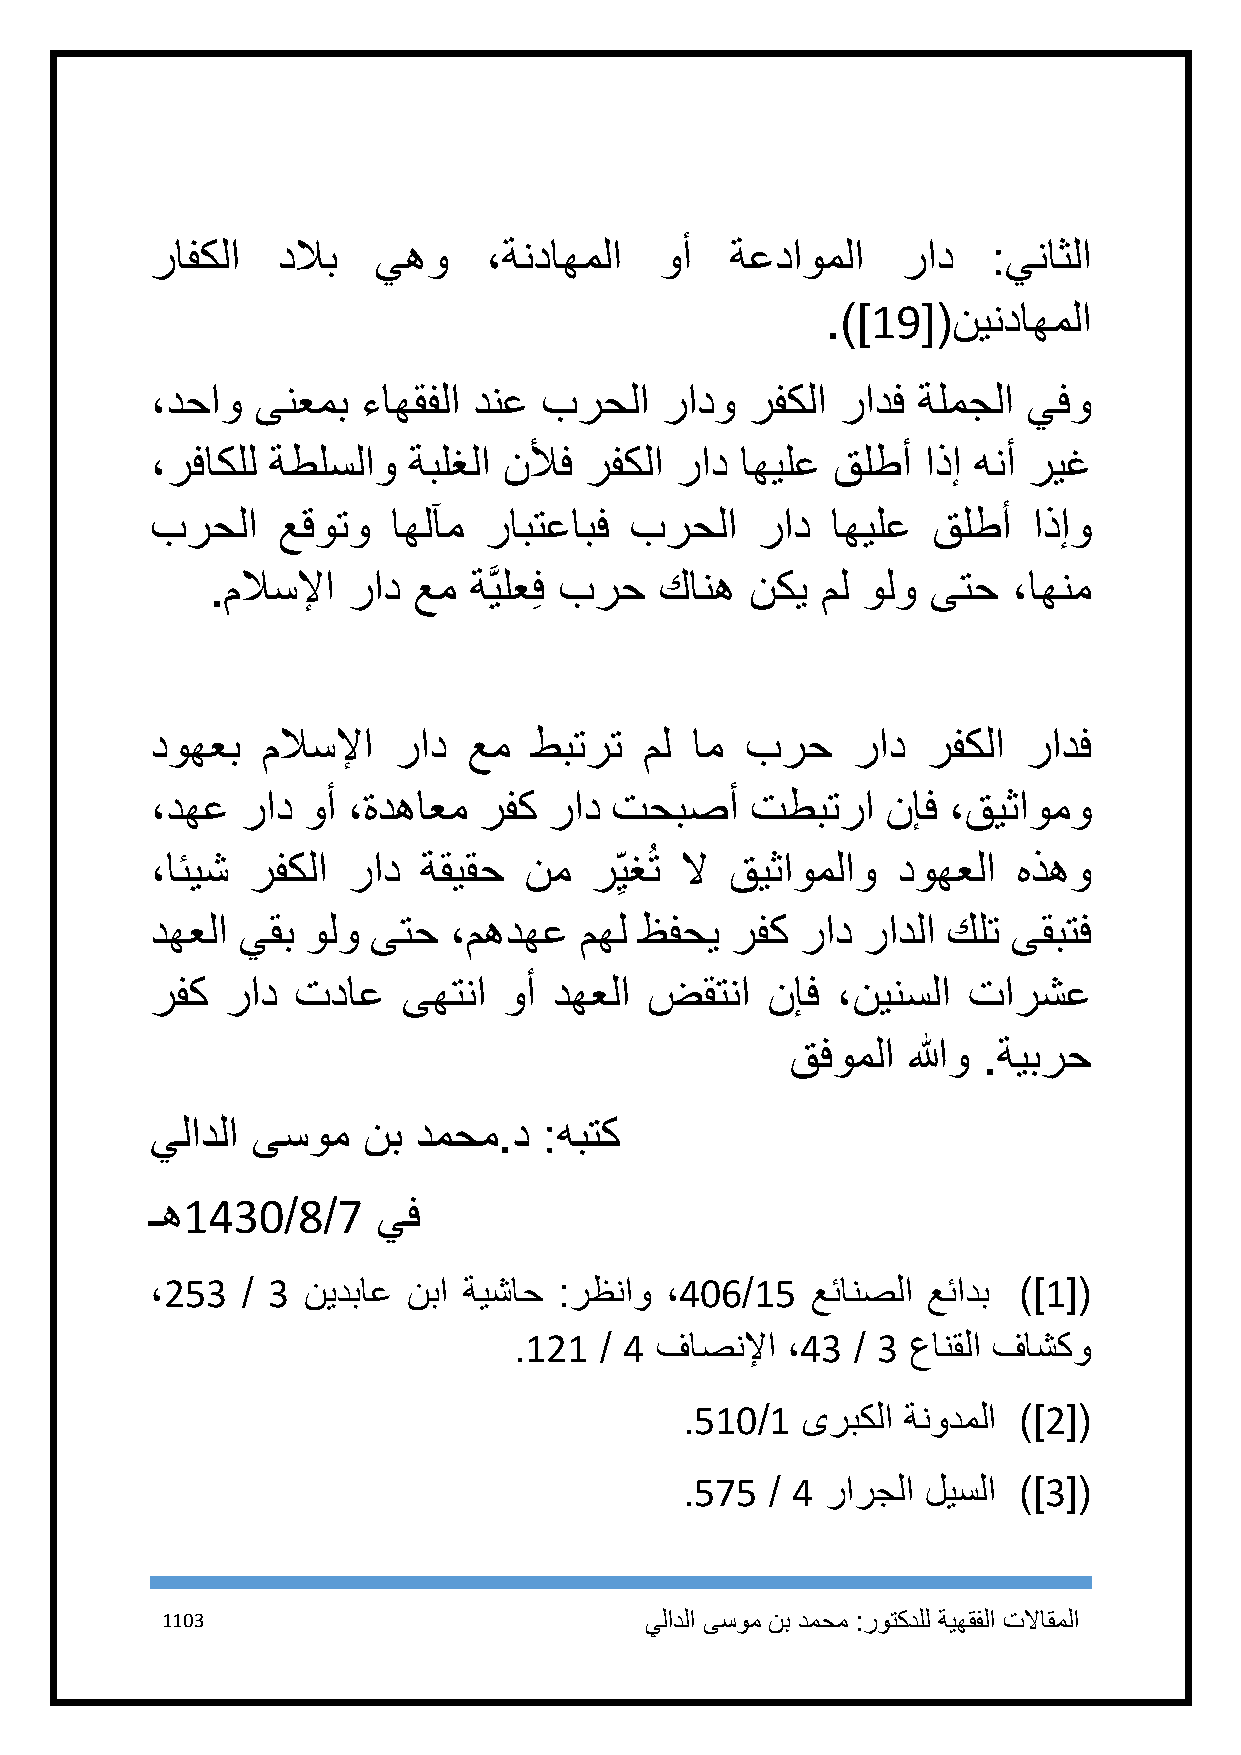
رافكلا  دلاب   يهو    ،ةنداهملا   وأ  ةعداوملا    راد   :يناثلا
 .)]19[(نينداهملا
 ،دحاو  ىنعمب  ءاهقفلا دنع برحلا   رادو  رفكلا رادف ةلمجلا يفو
 ،رفاكلل ةطلسلاو  ةبلغلا نلأف رفكلا راد اهيلع قلطأ  اذإ هنأ ريغ
 برحلا   عقوتو   اهلآم رابتعابف  برحلا   راد  اهيلع  قلطأ  اذإو
 .ملاسلإا راد عم  ةَّيلعِف برح كانه  نكي مل ولو  ىتح  ،اهنم
 دوهعب  ملاسلإا  راد  عم  طبترت   مل ام برح    راد  رفكلا  رادف
 ،دهع  راد وأ ،ةدهاعم  رفك راد تحبصأ     تطبترا   نإف ،قيثاومو
 ،ائيش رفكلا  راد  ةقيقح  نم  ر ِيغُت لا قيثاوملاو دوهعلا هذهو
 دهعلا يقب ولو ىتح   ،مهدهع  مهل ظفحي  رفك  راد رادلا كلت ىقبتف
 رفك  راد تداع    ىهتنا وأ  دهعلا ضقتنا   نإف ،نينسلا  تارشع
 قفوملا  اللهو .ةيبرح
 يلادلا ىسوم   نب دمحم.د   :هبتك
 ـه1431/8/7     يف
 ،253  / 3 نيدباع نبا ةيشاح :رظناو ،416/15   عئانصلا عئادب )]1[(
 .121  / 4 فاصنلإا ،43  / 3 عانقلا فاشكو
 .511/1  ىربكلا ةنودملا )]2[(
 .575  / 4 رارجلا ليسلا )]3[(
 1113                            يلادلا ىسوم نب دمحم :روتكدلل ةيهقفلا تلااقملا